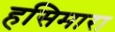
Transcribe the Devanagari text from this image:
हसिमारा